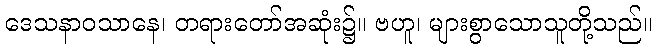
ဒေသနာဝသာနေ၊ တရားတော်အဆုံး၌။ ဗဟူ၊ များစွာသောသူတို့သည်။